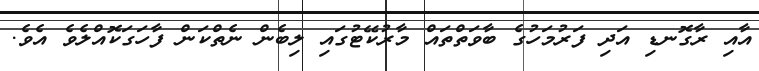
އާއި ރާގޮނޑި އަދި ފަރުމަހުގެ ބާވަތްތައް މާރުކޭޓުގައި ލިބެން ނެތްކަން ފާހަގަކޮއްލެވެ އެވެ.